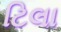
ટિલા